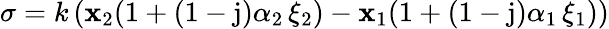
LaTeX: \sigma=k\left(\mathbf{x}_{2}(1+(1-\mathrm{{j}})\alpha_{2}\, \xi_{2})-\mathbf{x}_{1}(1+(1-\mathrm{{j}})\alpha_{1}\, \xi_{1})\right)